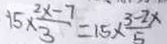
1 5 \times \frac { 2 x - 7 } { 3 } = 1 5 \times \frac { 3 - 2 x } { 5 }